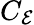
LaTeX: C_{\mathcal{E}}